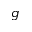
g